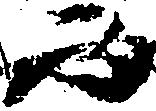
而